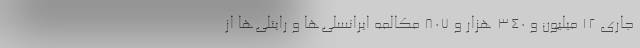
جاری 12 میلیون و 340 هزار و 807 مکالمه ایرانسلی‌ها و رایتلی‌ها از